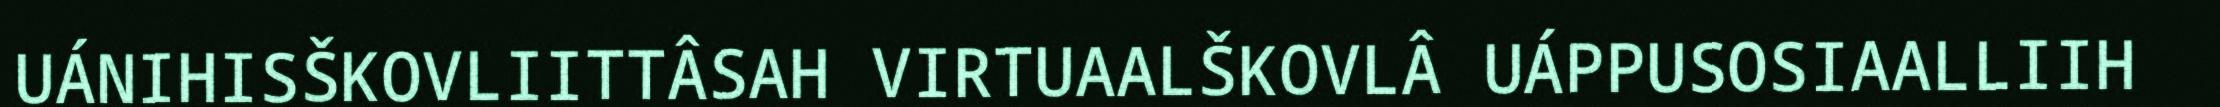
UÁNIHISŠKOVLIITTÂSAH VIRTUAALŠKOVLÂ UÁPPUSOSIAALLIIH